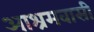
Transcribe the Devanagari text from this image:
आश्रमवासी